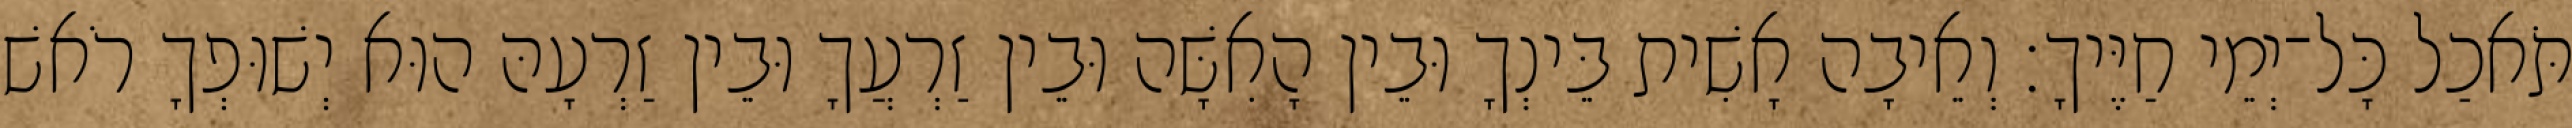
תֹּאכַל כָּל־יְמֵי חַיֶּיךָ׃ וְאֵיבָה אָשִׁית בֵּינְךָ וּבֵין הָאִשָּׁה וּבֵין זַרְעֲךָ וּבֵין זַרְעָהּ הוּא יְשׁוּפְךָ רֹאשׁ